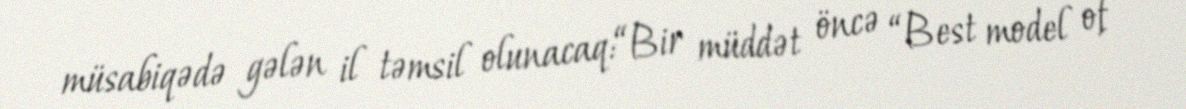
müsabiqədə gələn il təmsil olunacaq:“Bir müddət öncə “Best model of